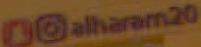
Dalharam.20